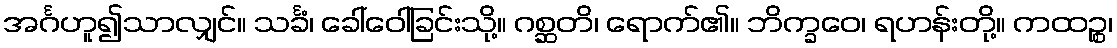
အင်္ဂဟူ၍သာလျှင်။ သင်္ခံ၊ ခေါ်ဝေါ်ခြင်းသို့။ ဂစ္ဆတိ၊ ရောက်၏။ ဘိက္ခဝေ၊ ရဟန်းတို့။ ကထဉ္စ၊